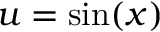
u = \sin ( x )